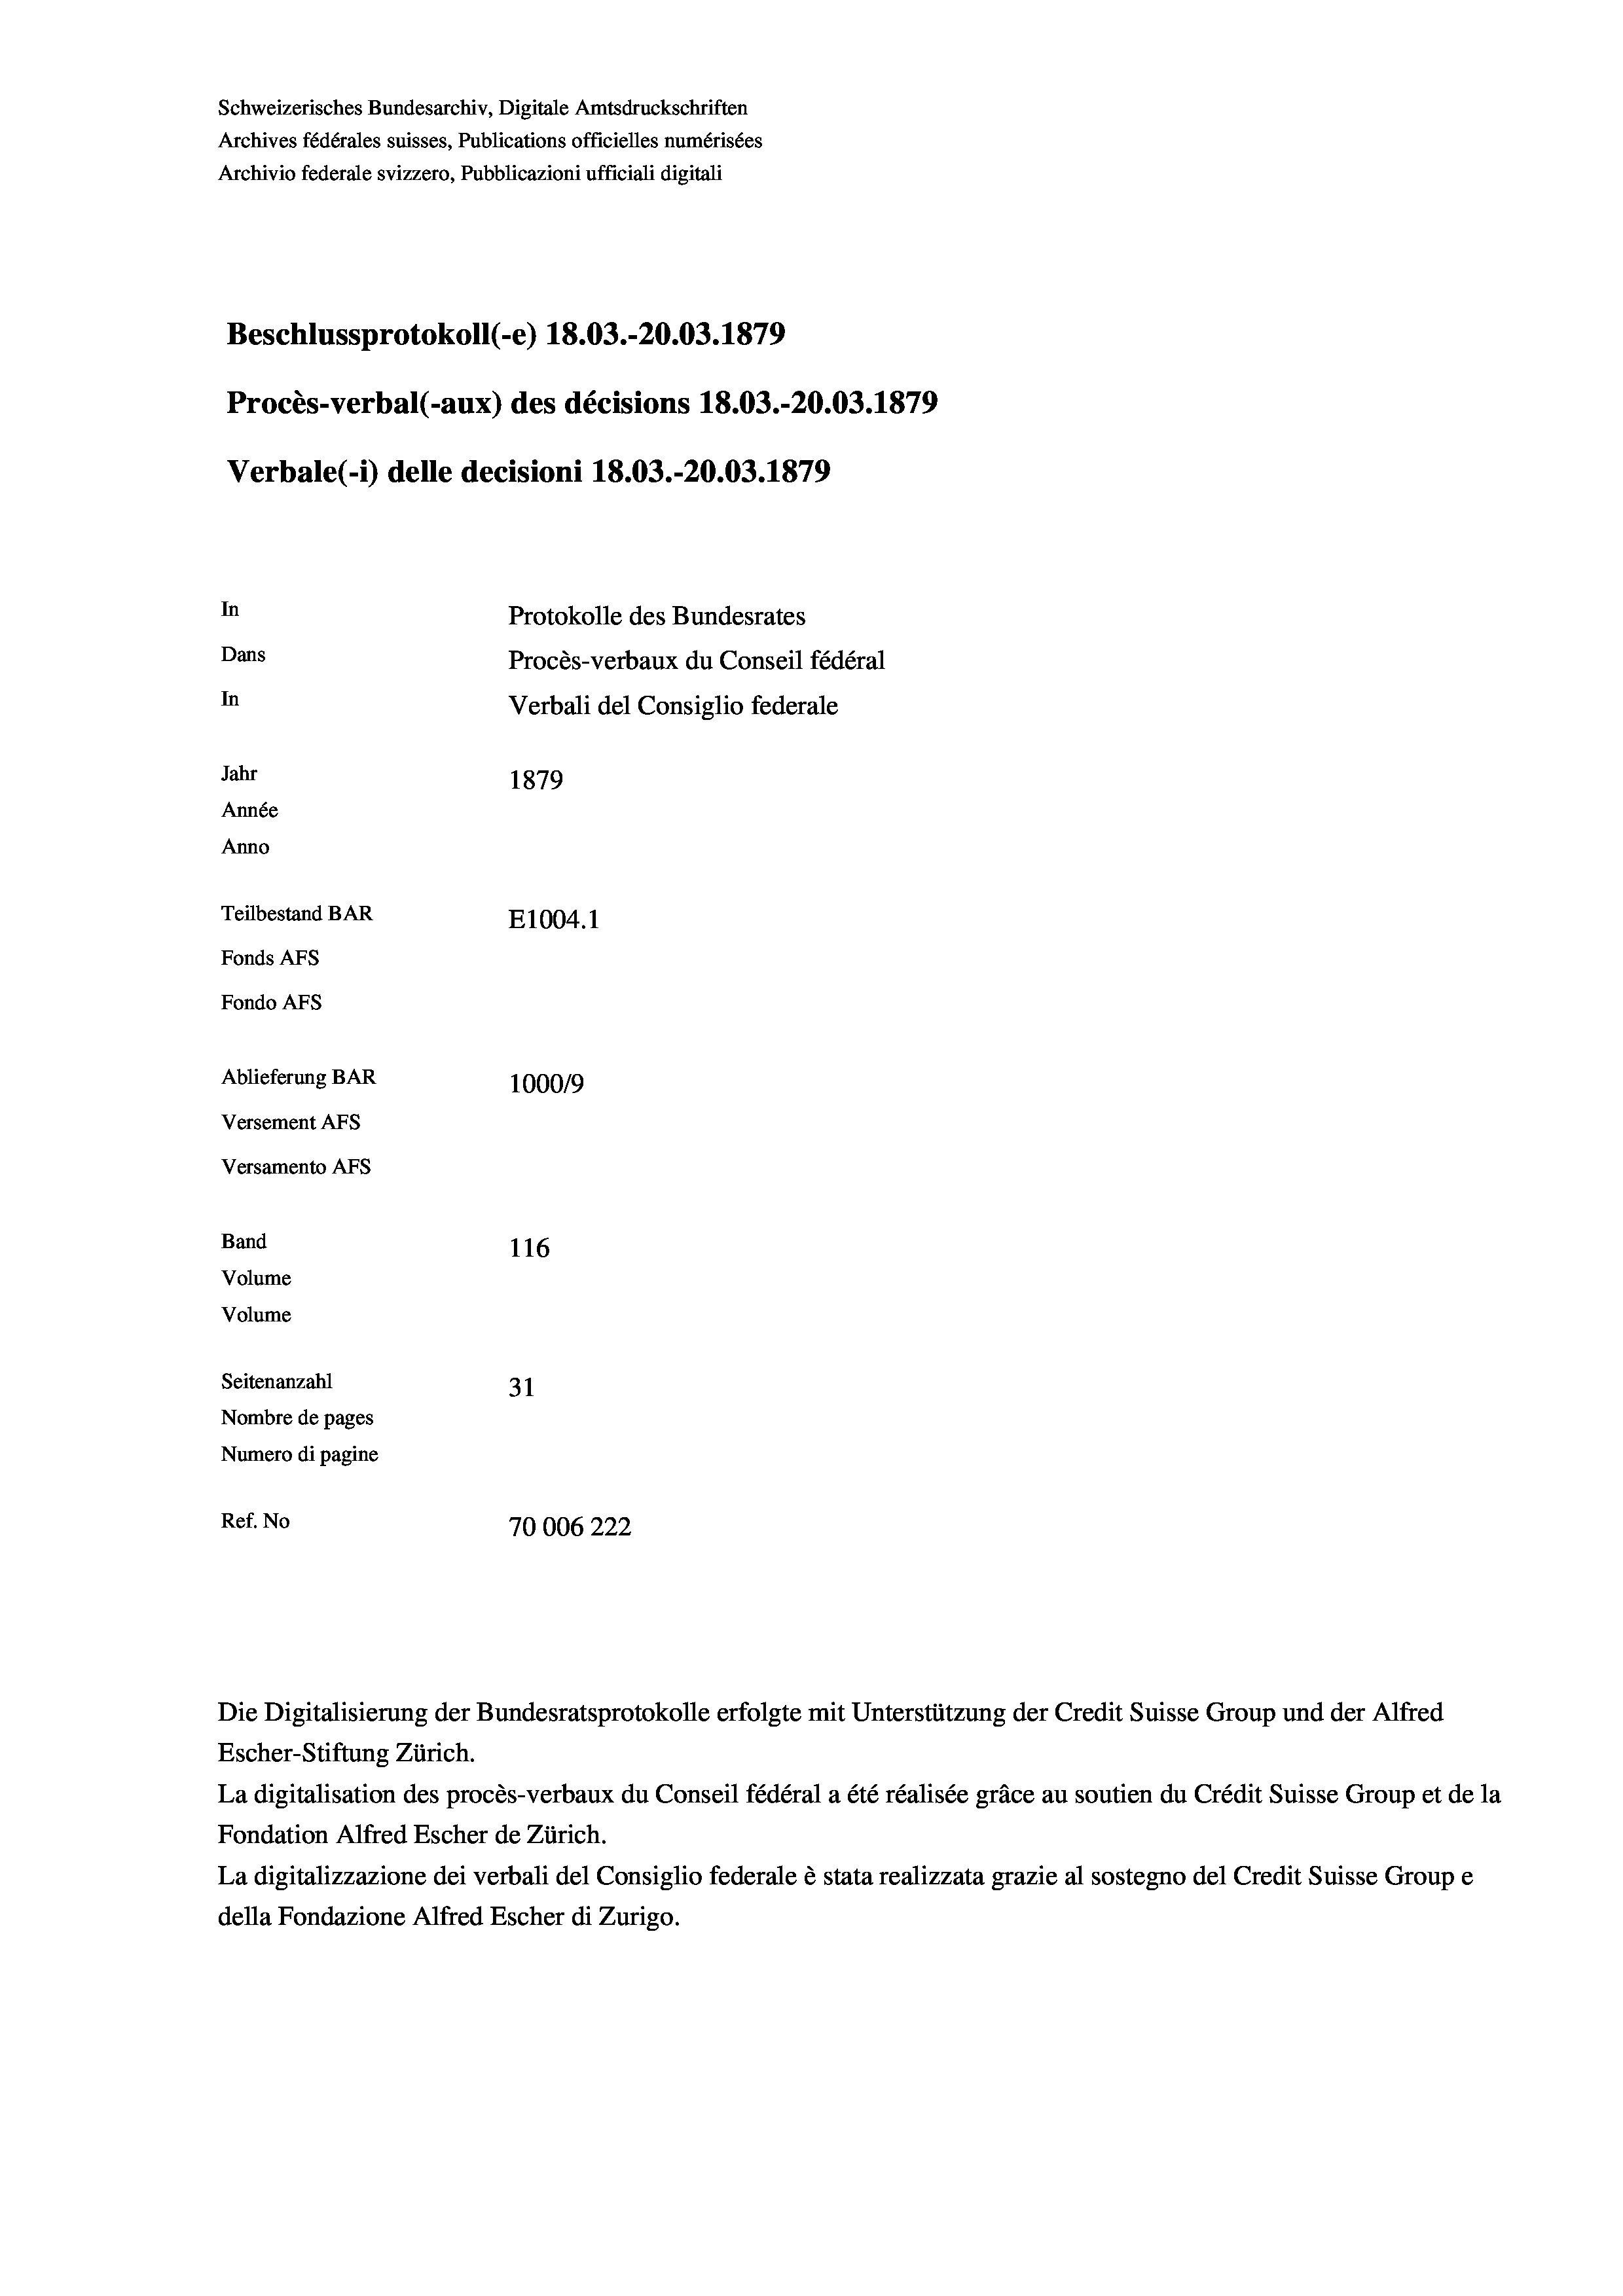
Schweizerisches Bundesarchiv, Digitale Amtsdruckschriften
Archives fédérales suisses, Publications officielles numérisées
Archivio federale svizzero, Pubblicazioni ufficiali digitali
Beschlussprotokoll (-e) 18.03.-20.03. 1879
Procès-verbal (-aux) des décisions 18.03.-20.03. 1879
Verbale (i) delle decisioni 18.03.-20.03. 1879
In
Protokolle des Bundesrates
Dans
Procès-verbaux du Conseil fédéral
In
Verbali del Consiglio federale
Jahr
1879
Année
Anno
Teilbestand BAR
E1004.1
Fonds AFs
Fondo AFS
Ablieferung BAR
100019
Versement AFs
Versamento AFs
Band
116
Volume
Volume
Seitenanzahl
31
Nombre de pages
Numero di pagine
Ref. No
10006222

Escher-Stiftung Zürich.
La digitalisation des procès-verbaux du Conseil fédéral a été réalisée gräce au soutien du Crédit Suisse Group et de la
Fondation Alfred Escher de Zürich.
La digitalizzazione dei verbali del Consiglio federale è stata realizzata grazie al sostegno del Credit Suisse Groupe
della Fondazione Alfred Escher di Zurigo.

Die Digitalisierung der Bundesratsprotokolle erfolgte mit Unterstützung der Credit Suisse Group und der Alfred